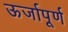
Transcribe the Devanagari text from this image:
ऊर्जापूर्ण